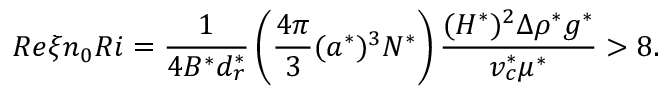
R e \xi n _ { 0 } R i = \frac { 1 } { 4 B ^ { * } d _ { r } ^ { * } } \left( \frac { 4 \pi } { 3 } ( a ^ { * } ) ^ { 3 } N ^ { * } \right) \frac { ( H ^ { * } ) ^ { 2 } \Delta \rho ^ { * } g ^ { * } } { v _ { c } ^ { * } \mu ^ { * } } > 8 .